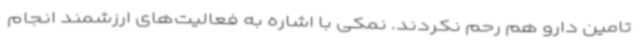
تامین دارو هم رحم نکردند. نمکی با اشاره به فعالیت‌های ارزشمند انجام